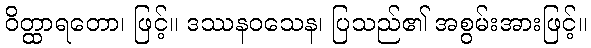
ဝိတ္ထာရတော၊ ဖြင့်။ ဒဿနဝသေန၊ ပြသည်၏ အစွမ်းအားဖြင့်။